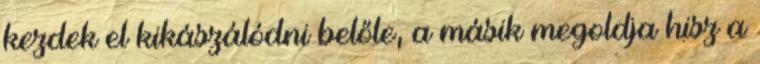
kezdek el kikászálódni belőle, a másik megoldja hisz a